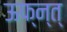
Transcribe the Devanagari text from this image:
ऊफ्न्त्